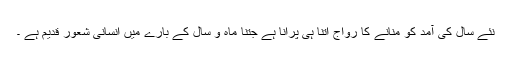
نئے سال کی آمد کو منانے کا رواج اتنا ہی پرانا ہے جتنا ماہ و سال کے بارے میں انسانی شعور قدیم ہے ۔